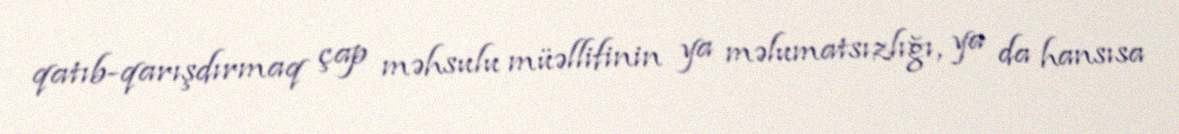
qatıb-qarışdırmaq çap məhsulu müəllifinin ya məlumatsızlığı, ya da hansısa